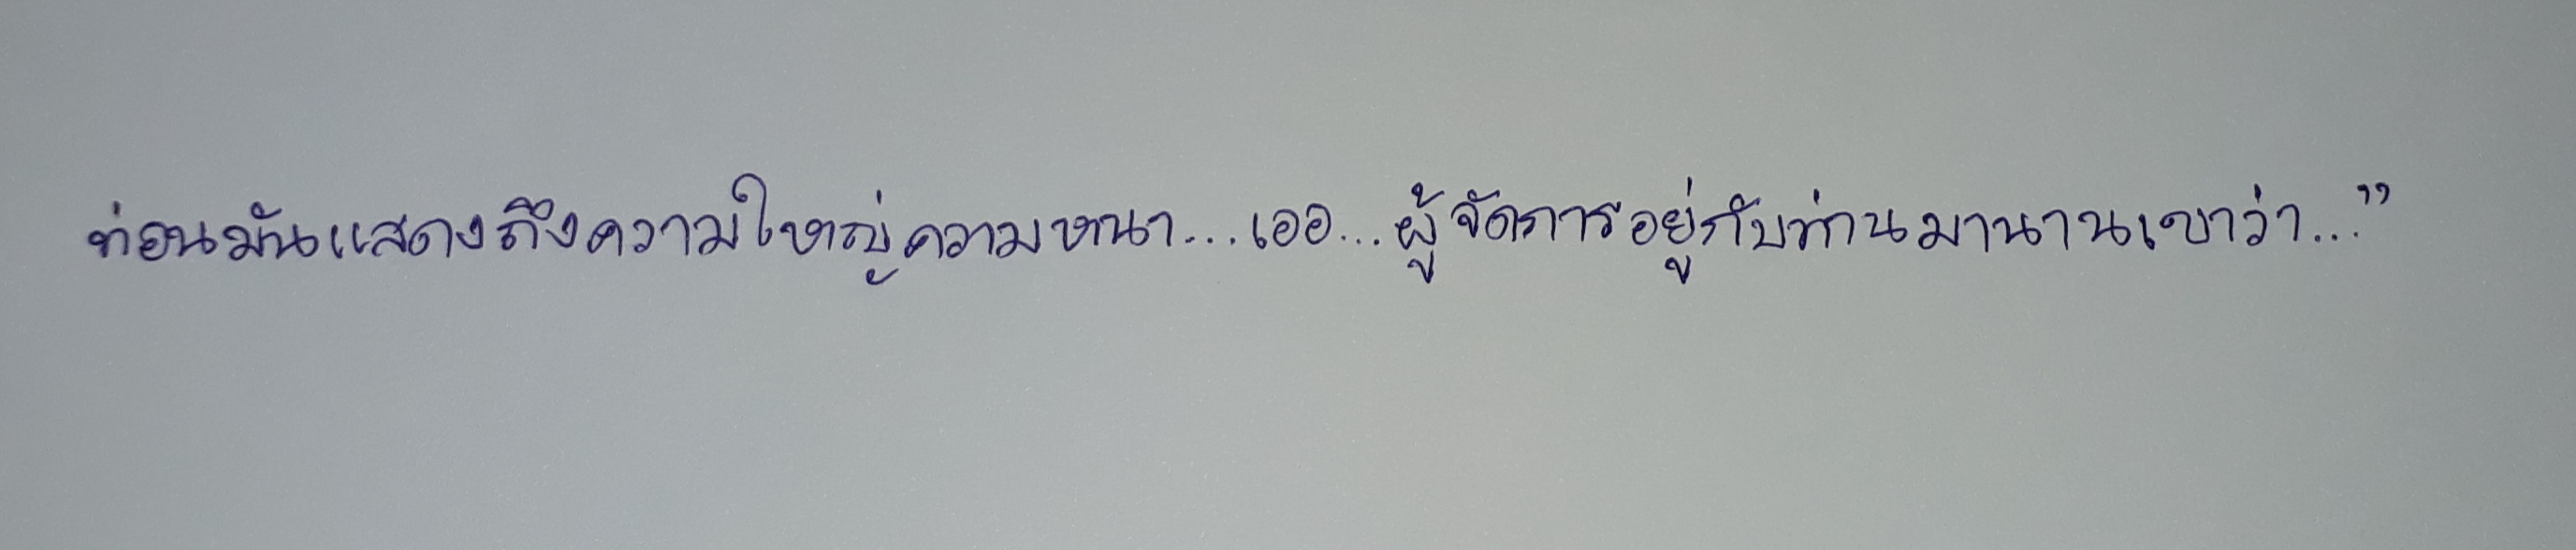
ท่อนมันแสดงถึงความใหญ่ความหนา...เออ...ผู้จัดการอยู่กับท่านมานานเขาว่า..."